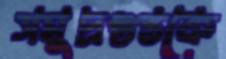
সমুদ্রগুপ্তকে